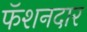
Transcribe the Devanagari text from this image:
फॅशनदार